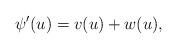
LaTeX: \begin{align*}\psi'(u)=v(u)+w(u),\end{align*}